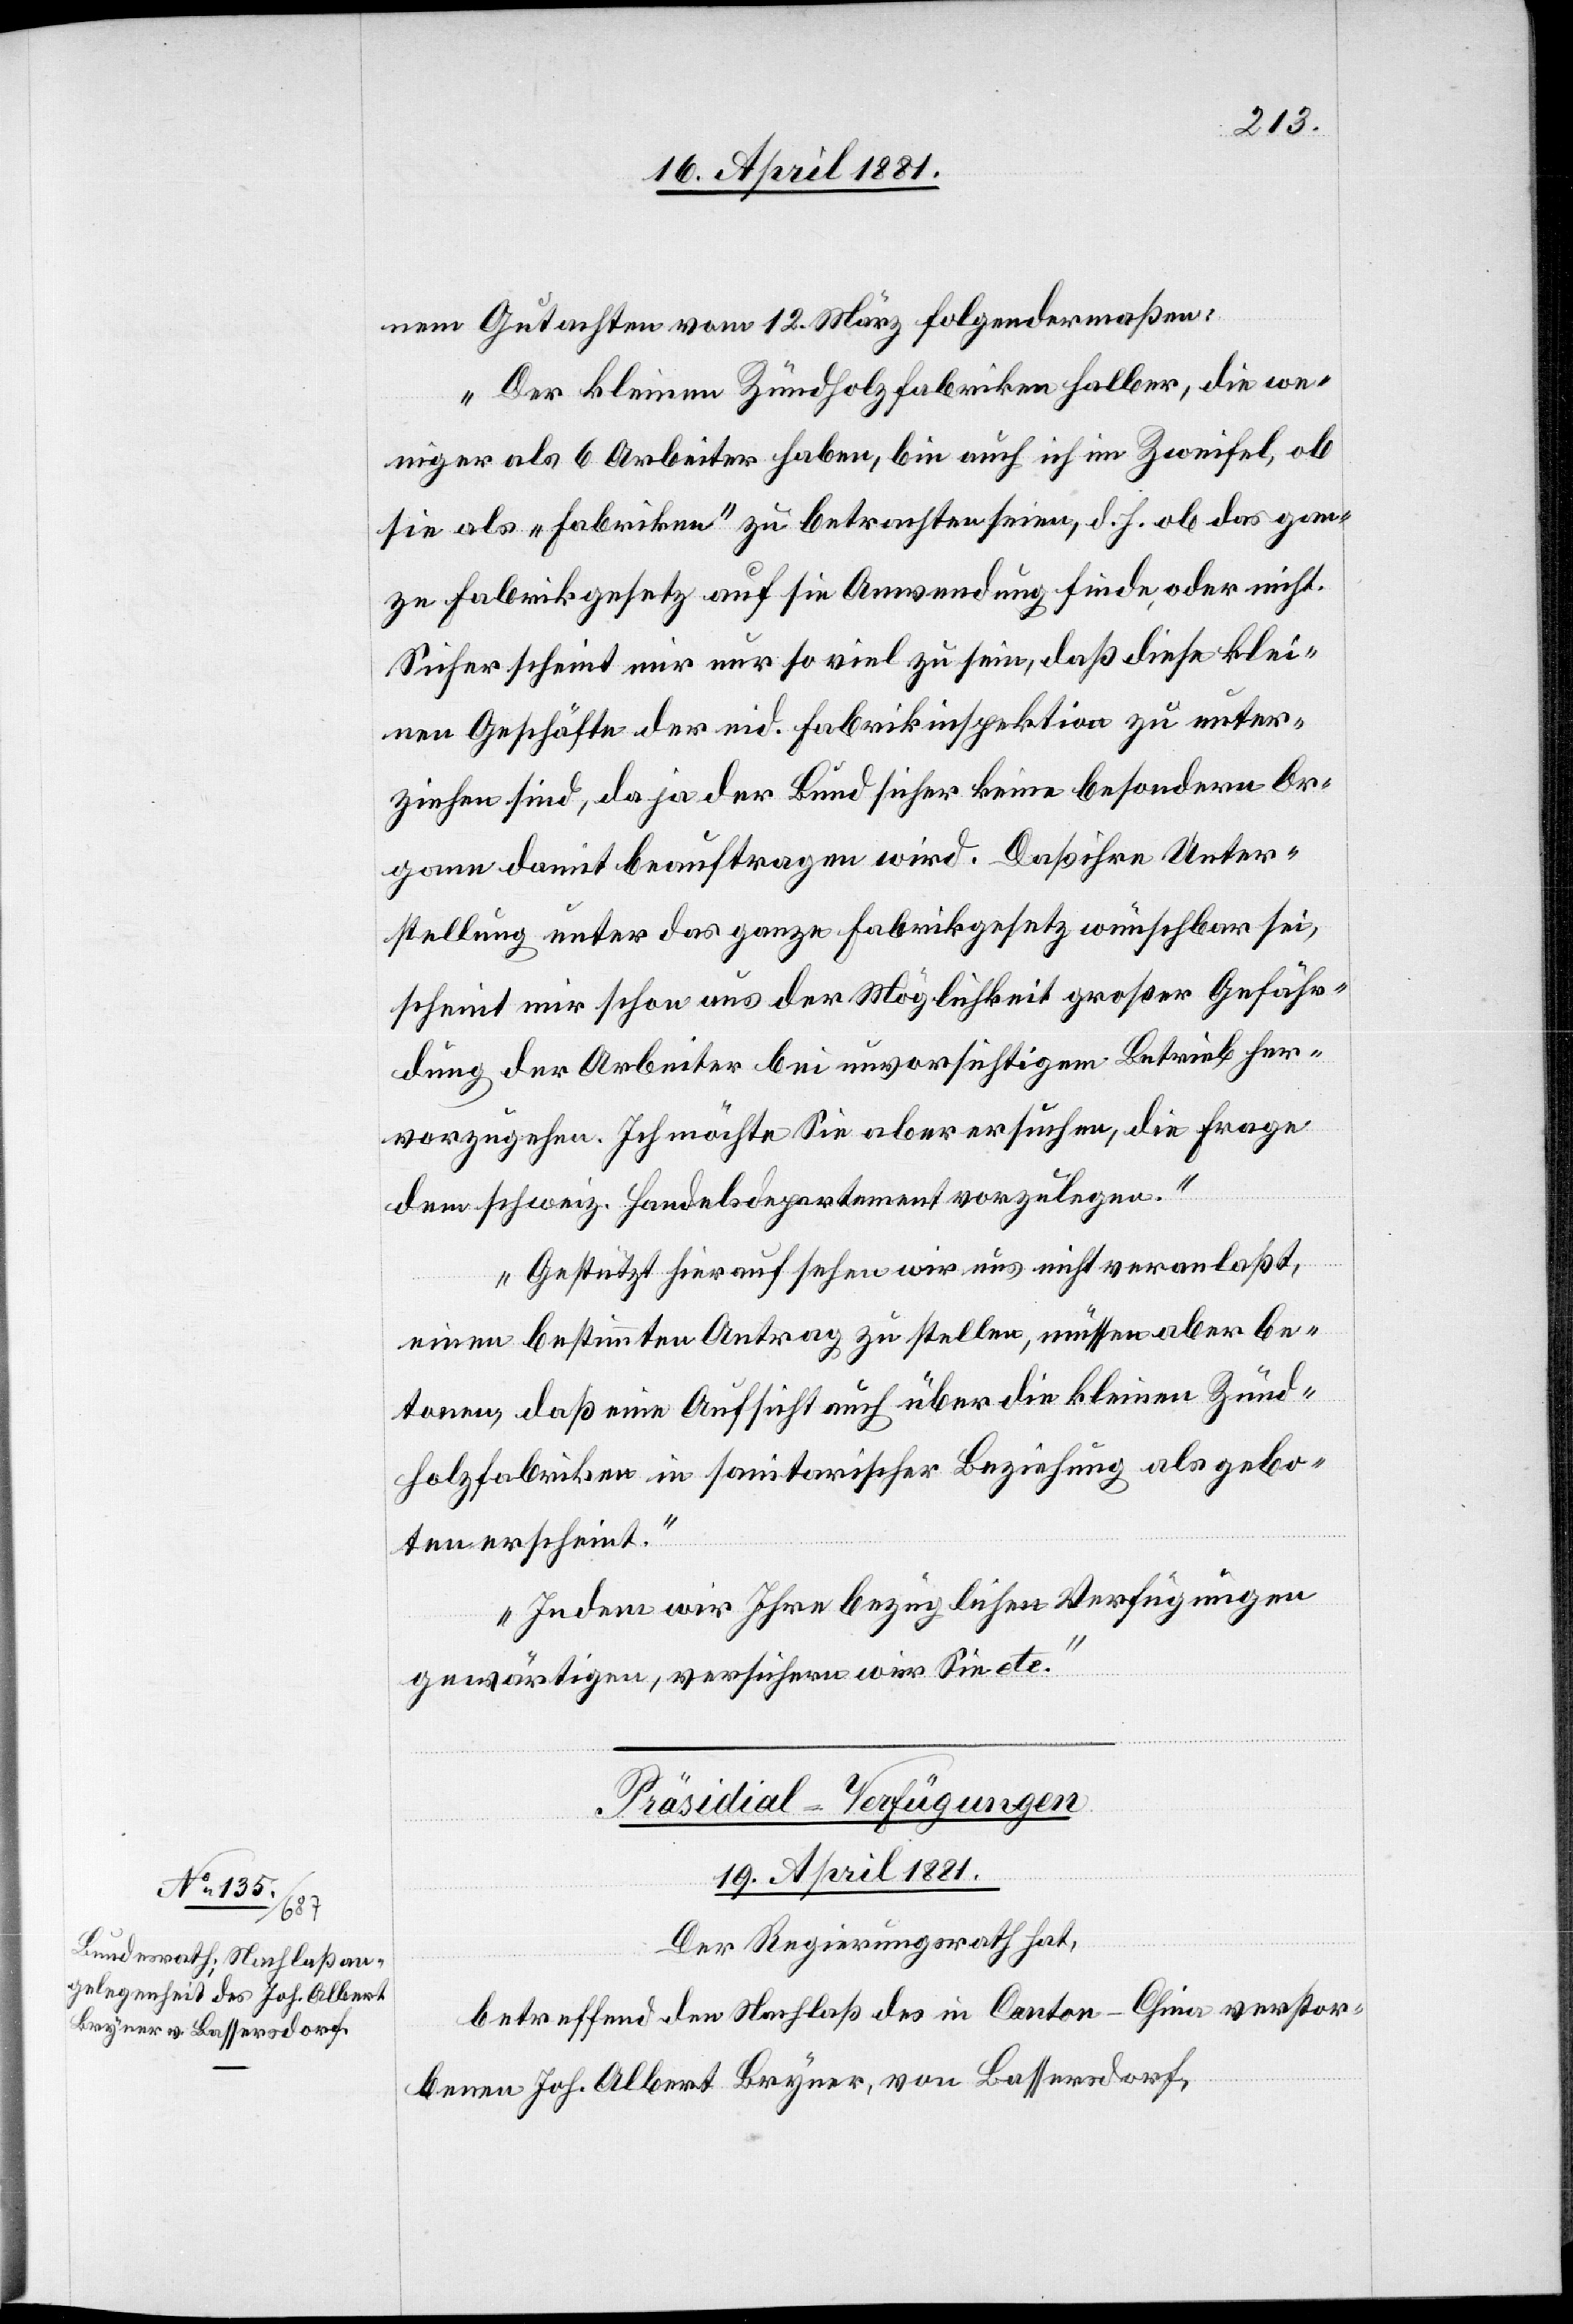
nem Gutachten vom 12. März folgendermaßen:
Der kleinen Zündholzfabriken halber, die we¬
niger als 6 Arbeiter haben, bin auch ich im Zweifel, ob
sie als „Fabriken“ zu betrachten seien, d. h. ob das gan¬
ze Fabrikgesetz auf sie Anwendung finde oder nicht.
Sicher scheint mir nur so viel zu sein, daß diese klei¬
nen Geschäfte der eid. Fabrikinspektion zu unter¬
ziehen sind da ja der Bund sicher keine besondern Or¬
gane damit beauftragen wird. Daß ihre Unter¬
stellung unter das ganze Fabrikgesetz wünschbar sei,
scheint mir schon aus der Möglichkeit großer Gefähr¬
dung der Arbeiter bei unvorsichtigem Betrieb her¬
vorzugehen. Ich möchte Sie aber ersuchen, die Frage
dem schweiz. Handelsdepartement vorzulegen.
Gestützt hierauf sehen wir uns nicht veranlaßt,
einen bestimmten Antrag zu stellen, müssen aber be¬
tonen, daß eine Aufsicht auch über die kleinen Zünd¬
holzfabriken in sanitarischer Beziehung als gebo¬
ten erscheint.
Indem wir Ihre bezüglichen Verfügungen
gewärtigen, versichern wir Sie etc.“
Präsidial-Verfügungen.
19. April 1881.
Der Regierungsrath,
betreffend den Nachlaß des in Canton - China verstor¬
benen Joh. Albert Bryner, von Bassersdorf,